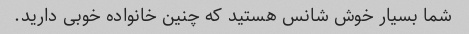
شما بسیار خوش شانس هستید که چنین خانواده خوبی دارید.